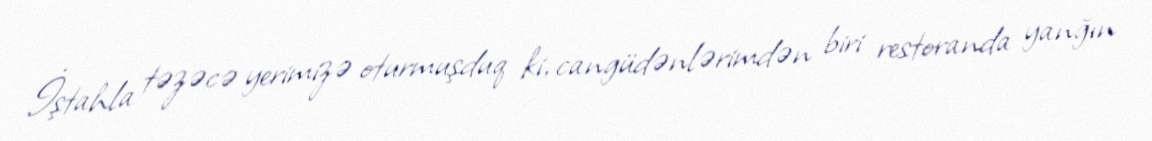
İştahla təzəcə yerimizə oturmuşduq ki, cangüdənlərimdən biri restoranda yanğın